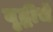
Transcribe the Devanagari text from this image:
वृद्धीचे